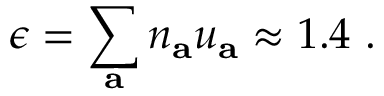
\epsilon = \sum _ { \mathbf { a } } n _ { \mathbf { a } } u _ { \mathbf { a } } \approx 1 . 4 ~ .